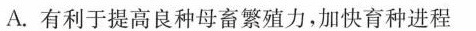
A.有利于提高良种母畜繁殖力，加快育种进程